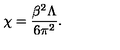
\chi = \frac { \beta ^ { 2 } \Lambda } { 6 \pi ^ { 2 } } .